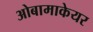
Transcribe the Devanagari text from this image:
ओबामाकेयर